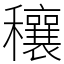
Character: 穰